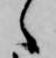
々